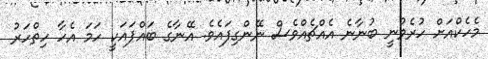
މެހެކްއަށް ހުރެވުނީ ބުނާނެ އެއްޗެއްވެސް ނޭންގިފައެވެ. އޭނާގެ ބައްޕައަކީ ހަމަ އެހާ ހިތްހަރު